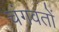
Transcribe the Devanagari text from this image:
चंगवतों